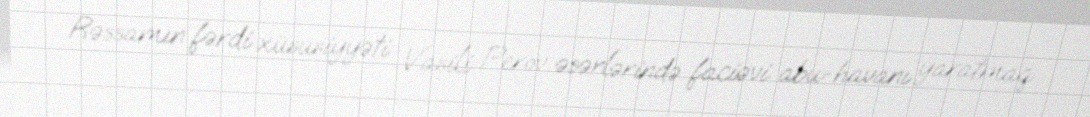
Rəssamın fərdi xüsusiyyəti Vasili Perov əsərlərində faciəvi abu-havanı yaratmaq